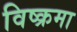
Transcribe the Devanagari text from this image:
विष्क्रमा